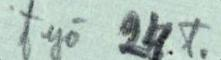
työ 24.t.